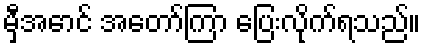
မှီအောင် အတော်ကြာ ပြေးလိုက်ရသည်။